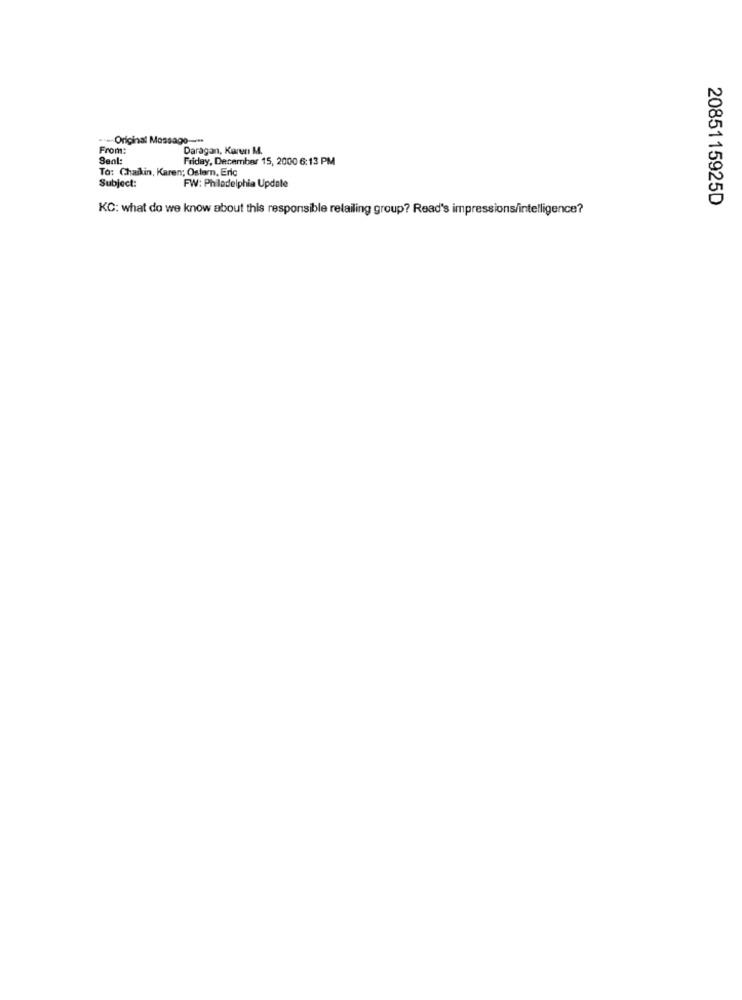
.- Original Message --**
From:
Daragan, Karen M.
Sent:
Friday, December 15, 2000 6:13 PM
To: Chaikin, Karen; Ostern, Eric
Subject:
FW: Philadelphia Update
2085115925D
KC: what do we know about this responsible retailing group? Read's impressions/intelligence?